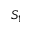
S _ { 1 }